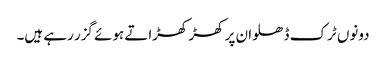
دونوں ٹرک ڈھلوان پر کھڑ کھڑاتے ہوئے گزر رہے ہیں۔